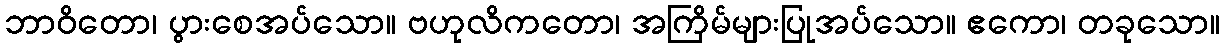
ဘာဝိတော၊ ပွားစေအပ်သော။ ဗဟုလိကတော၊ အကြိမ်များပြုအပ်သော။ ဧကော၊ တခုသော။